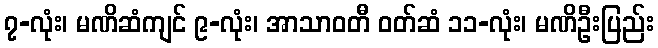
၇-လုံး၊ မဏိဆံကျင် ၉-လုံး၊ အာသာဝတီ ဝတ်ဆံ ၁၁-လုံး၊ မဏိဦးပြည်း